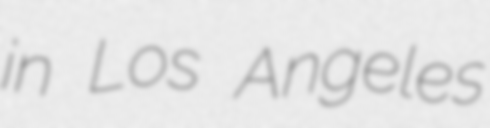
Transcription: in Los Angeles